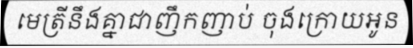
មេត្រីនឹងគ្នាជាញឹកញាប់ ចុងក្រោយអូន